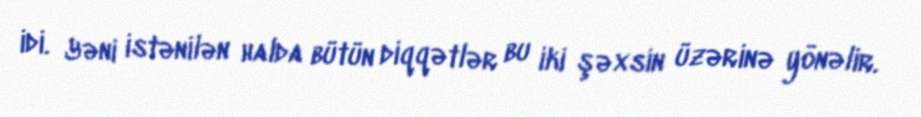
idi. Yəni istənilən halda bütün diqqətlər bu iki şəxsin üzərinə yönəlir.